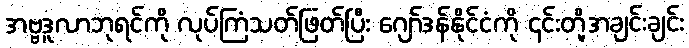
အဗ္ဗဒူလာဘုရင်ကို လုပ်ကြံသတ်ဖြတ်ပြီး ဂျော်ဒန်နိုင်ငံကို ၎င်းတို့အချင်းချင်း